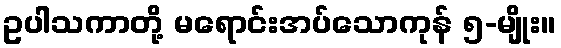
ဥပါသကာတို့ မရောင်းအပ်သောကုန် ၅-မျိုး။